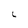
Character: 6